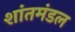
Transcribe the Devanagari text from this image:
शांतमंडल